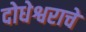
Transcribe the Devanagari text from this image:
दोधेश्वराचे